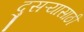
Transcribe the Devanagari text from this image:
दुसऱ्यासाठी